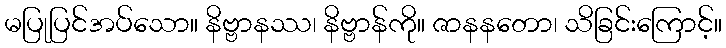
မပြုပြင်အပ်သော။ နိဗ္ဗာနဿ၊ နိဗ္ဗာန်ကို။ ဇာနနတော၊ သိခြင်းကြောင့်။